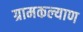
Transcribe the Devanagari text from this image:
ग्रामकल्याण